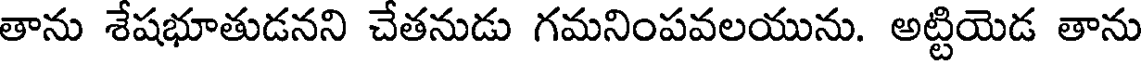
తాను శేషభూతుడనని చేతనుడు గమనింపవలయును. అట్టియెడ తాను